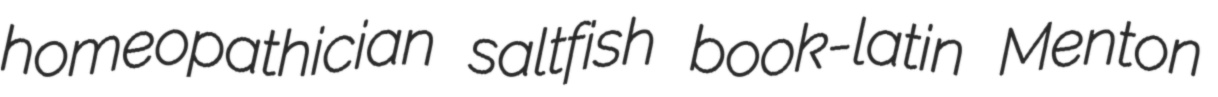
homeopathician saltfish book-latin Menton